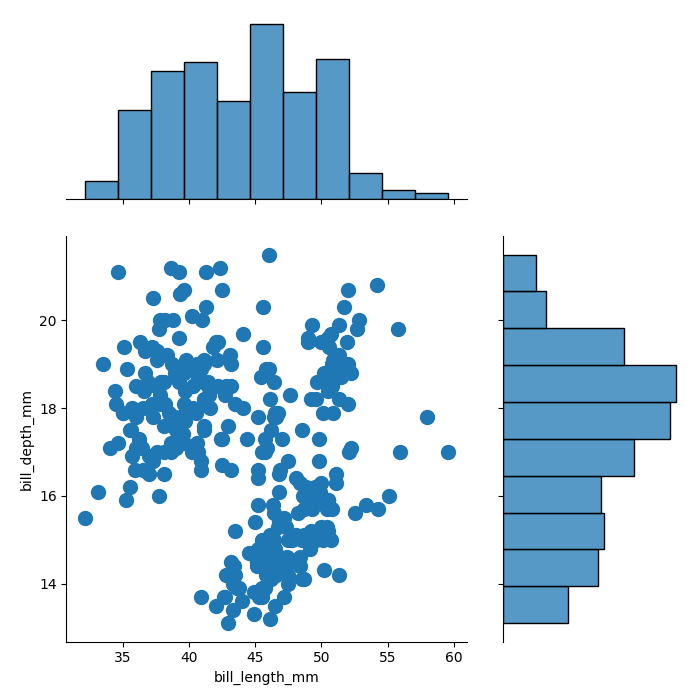
python, seaborn, jointplot, kind='scatter', height='7', ratio='2', marginal_ticks='False'